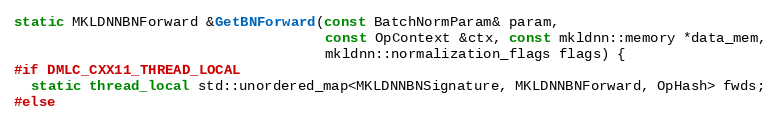
Language: C
static MKLDNNBNForward &GetBNForward(const BatchNormParam& param,
                                     const OpContext &ctx, const mkldnn::memory *data_mem,
                                     mkldnn::normalization_flags flags) {
#if DMLC_CXX11_THREAD_LOCAL
  static thread_local std::unordered_map<MKLDNNBNSignature, MKLDNNBNForward, OpHash> fwds;
#else